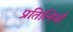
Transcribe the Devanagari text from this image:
प्रतिलियाँ